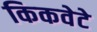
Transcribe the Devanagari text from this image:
किकवेटे